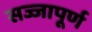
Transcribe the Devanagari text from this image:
सज्जापूर्ण